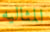
المثاليه